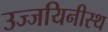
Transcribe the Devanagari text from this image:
उज्जयिनीस्थ